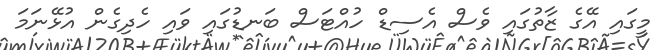
މީގައި އޭގެ ޒާތުގައި ވެސް އެސިޑް ހުއްޓަސް ބަނޑުގައި ވައި ހެދިގެން އުޅޭނަމަ